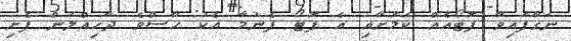
ނަގާފައިވާ ފޮޓޯއެއް ކަމަށާއި އެ ފޮޓޯ ފެނުމާ އެކު ހާސްވެ ދާހިއްލަން ފެށި